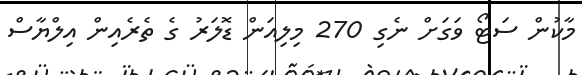
މާކުން ސަޓޯ ވަގަށް ނެގި 270 މިލިއަން ޑޮލަރު ގެ ތެރެއިން އިލްޔާސް